Annual report of the Imperial Bacteriological Laboratory, Muktesar
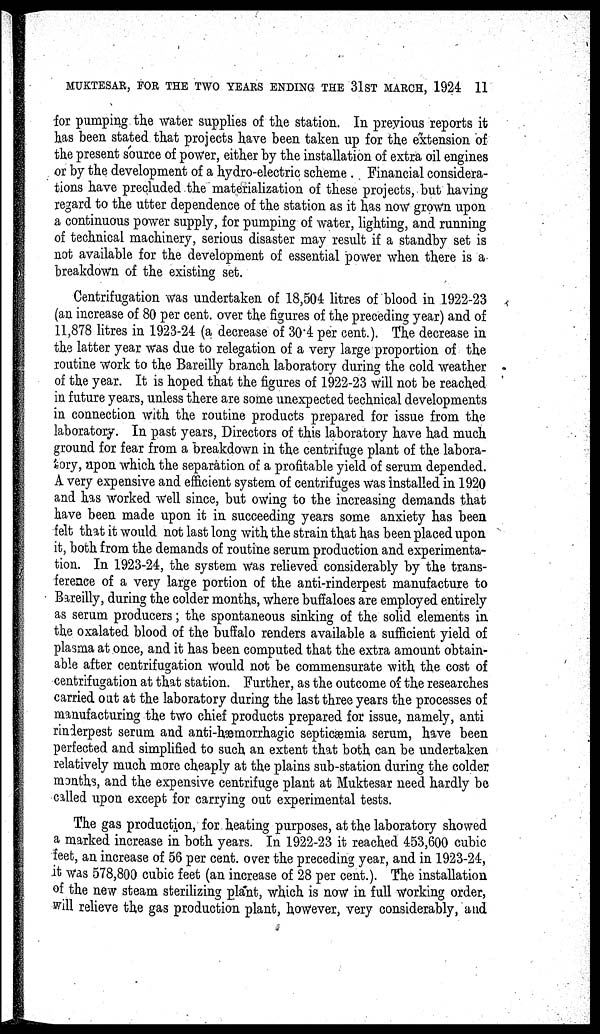
MUKTESAR, FOR THE TWO YEARS ENDING THE 31ST MARCH, 1924 11
for pumping the water supplies of the station. In previous reports it
has been stated that projects have been taken up for the extension of
the present source of power, either by the installation of extra oil engines
or by the development of a hydro-electric scheme . Financial considera-
tions have precluded the materialization of these projects, but having
regard to the utter dependence of the station as it has now grown upon
a continuous power supply, for pumping of water, lighting, and running
of technical machinery, serious disaster may result if a standby set is
not available for the development of essential power when there is a
breakdown of the existing set.
Centrifugation was undertaken of 18,504 litres of blood in 1922-23
(an increase of 80 per cent. over the figures of the preceding year) and of
11,878 litres in 1923-24 (a decrease of 30.4 per cent.). The decrease in
the latter year was due to relegation of a very large proportion of the
routine work to the Bareilly branch laboratory during the cold weather
of the year. It is hoped that the figures of 1922-23 will not be reached
in future years, unless there are some unexpected technical developments
in connection with the routine products prepared for issue from the
laboratory. In past years, Directors of this laboratory have had much
ground for fear from a breakdown in the centrifuge plant of the labora-
tory, upon which the separation of a profitable yield of serum depended.
A very expensive and efficient system of centrifuges was installed in 1920
and has worked well since, but owing to the increasing demands that
have been made upon it in succeeding years some anxiety has been
felt that it would not last long with the strain that has been placed upon
it, both from the demands of routine serum production and experimenta-
tion. In 1923-24, the system was relieved considerably by the trans-
ference of a very large portion of the anti-rinderpest manufacture to
Bareilly, during the colder months, where buffaloes are employed entirely
as serum producers; the spontaneous sinking of the solid elements in
the oxalated blood of the buffalo renders available a sufficient yield of
plasma at once, and it has been computed that the extra amount obtain-
able after centrifugation would not be commensurate with the cost of
centrifugation at that station. Further, as the outcome of the researches
carried out at the laboratory during the last three years the processes of
manufacturing the two chief products prepared for issue, namely, anti
rinderpest serum and anti-hæmorrhagic septicæmia serum, have been
perfected and simplified to such an extent that both can be undertaken
relatively much more cheaply at the plains sub-station during the colder
months, and the expensive centrifuge plant at Muktesar need hardly be
called upon except for carrying out experimental tests.
The gas production, for heating purposes, at the laboratory showed
a marked increase in both years. In 1922-23 it reached 453,600 cubic
feet, an increase of 56 per cent. over the preceding year, and in 1923-24,
it was 578,800 cubic feet (an increase of 28 per cent.). The installation
of the new steam sterilizing plant, which is now in full working order,
will relieve the gas production plant, however, very considerably, and